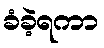
ခံခဲ့ရကာ